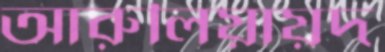
আরুলিয়ায়দ